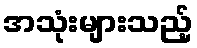
အသုံးများသည့်